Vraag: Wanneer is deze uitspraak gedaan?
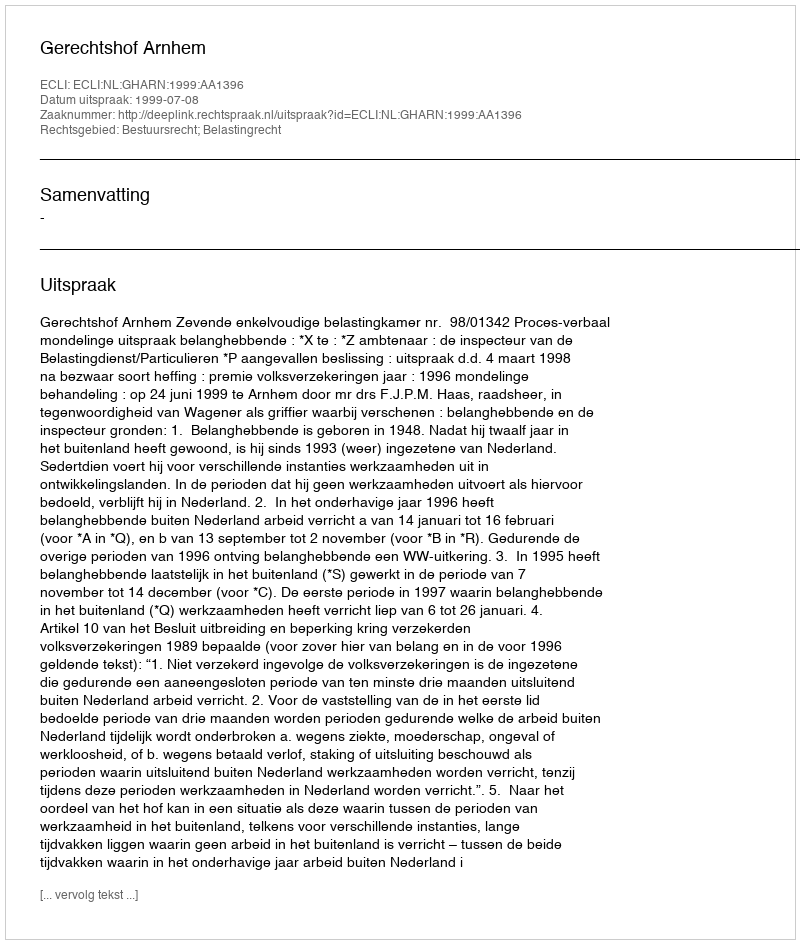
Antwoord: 1999-07-08